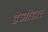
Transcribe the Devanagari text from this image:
डेओडार